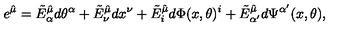
e ^ { \hat { \mu } } = \tilde { E } _ { \alpha } ^ { \hat { \mu } } d \theta ^ { \alpha } + \tilde { E } _ { \nu } ^ { \hat { \mu } } d x ^ { \nu } + \tilde { E } _ { i } ^ { \hat { \mu } } d \Phi ( x , \theta ) ^ { i } + \tilde { E } _ { \alpha ^ { \prime } } ^ { \hat { \mu } } d \Psi ^ { \alpha ^ { \prime } } ( x , \theta ) ,